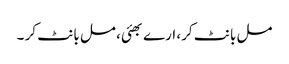
مل بانٹ کر، ارے بھئی، مل بانٹ کر ۔